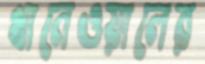
খানেওয়ালের